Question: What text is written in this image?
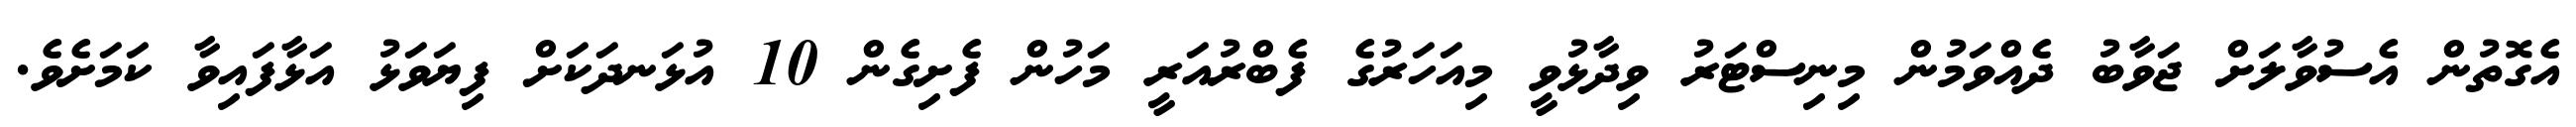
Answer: އެގޮތުން އެސުވާލަށް ޖަވާބު ދެއްވަމުން މިނިސްޓަރު ވިދާޅުވީ މިއަހަރުގެ ފެބްރުއަރީ މަހުން ފެށިގެން 10 އުޅަނދަކަށް ފިޔަވަޅު އަޅާފައިވާ ކަމަށެވެ.